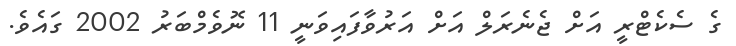
ގެ ސެކެޓްރީ އަށް ޖެނެރަލް އަށް އަރުވާފައިވަނީ 11 ނޮވެމްބަރު 2002 ގައެވެ.